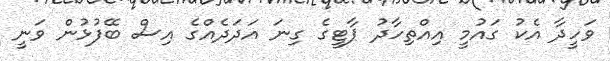
ވަހީދާ އެކު ގައުމީ އިއްތިހާދު ޕާޓީގެ ގިނަ އަދަދެއްގެ އިސް ބޭފުޅުން ވަނީ